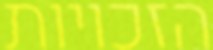
הזכויות